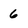
Character: 6